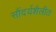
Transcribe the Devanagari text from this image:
सौंदर्यशैलीत